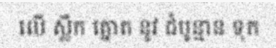
លើ ស្លឹក ត្នោត នូវ ដំបូន្មាន ទុក